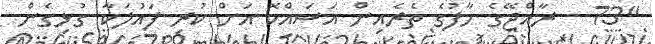
"73 - ރާއްޖޭގެ ހާފުގެ ތެރެއިން އަސައްކޮ އަށް ކުރި ފައުލަކާ ގުޅިގެން